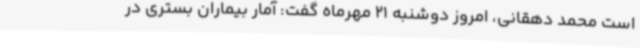
است محمد دهقانی، امروز دوشنبه 21 مهرماه گفت: آمار بیماران بستری در